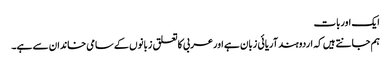
ایک اوربات
ہم جانتے ہیں کہ اردوہندآریائی زبان ہے اورعربی کاتعلق زبانوں کے سامی خاندان سے ہے۔